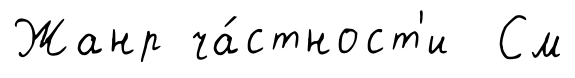
Жанр ча́стност'и См